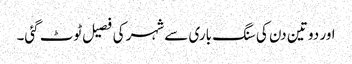
اور دو تین دن کی سنگ باری سے شہر کی فصیل ٹوٹ گئی۔